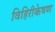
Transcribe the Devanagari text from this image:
विहिरीकेषण